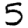
Digit: 5